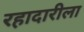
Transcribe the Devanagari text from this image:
रहादारीला